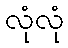
လုံလုံ